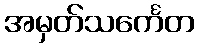
အမှတ်သင်္ကေတ